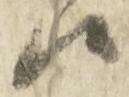
候